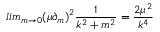
l i m _ { m \rightarrow 0 } { ( \mu \partial _ { m } ) } ^ { 2 } \frac { 1 } { k ^ { 2 } + m ^ { 2 } } = \frac { 2 \mu ^ { 2 } } { k ^ { 4 } }